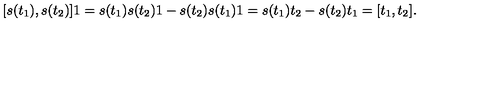
[ s ( t _ { 1 } ) , s ( t _ { 2 } ) ] 1 = s ( t _ { 1 } ) s ( t _ { 2 } ) 1 - s ( t _ { 2 } ) s ( t _ { 1 } ) 1 = s ( t _ { 1 } ) t _ { 2 } - s ( t _ { 2 } ) t _ { 1 } = [ t _ { 1 } , t _ { 2 } ] .